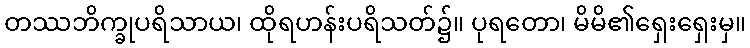
တဿဘိက္ခုပရိသာယ၊ ထိုရဟန်းပရိသတ်၌။ ပုရတော၊ မိမိ၏ရှေးရှေးမှ။